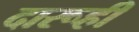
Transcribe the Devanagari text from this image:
दारूही